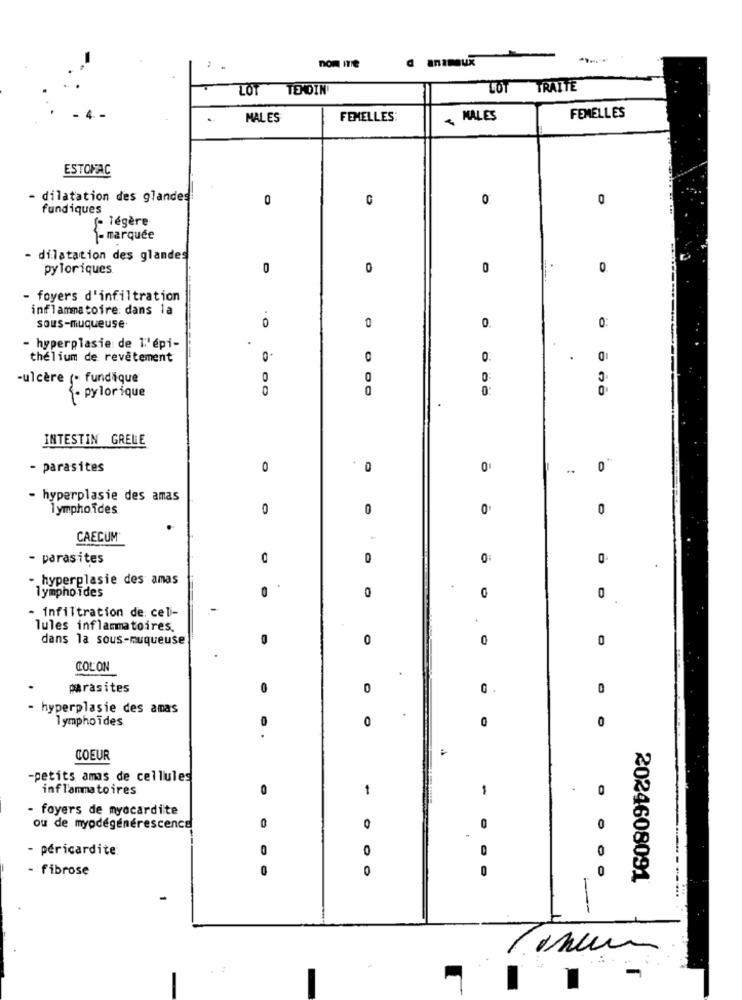
nom me
LOT TEMDIN
LOT
TRAITE
MALES
FEMELLES:
NALES
FEMELLES
ESTOMAC
- dilatation des glandes
0
0
0
0
fundiques
f- légère
- marquée
- dilatation des glandes
pyloriques
0
0
0
0
- foyers d'infiltration
inflammatoire: dans la
0
0
0.
0:
sous-muqueuse
- hyperplasie de l'épi-
thelium de revetement
O
O
C
-ulcère (- fundique
0
0
0
0
- pylorique
INTESTIN GRELE
.
- parasites
0
0
0
0
- hyperplasie des amas
lymphoïdes
0
0
0
0
CAECUM'
- parasites
0
D
0
- hyperplasie des amas
lympho ides
0
0
0
0
- infiltration de: celi-
Tules inflammatoires.
dans la sous-muqueuse
0
0
0
COLON
parasites
.
0
0
- hyperplasie des amas
lympho ïdes
0
0
0
COEUR
-petits amas de cellules
inflammatoires
0
1
-
0
- foyers de myocardite
ou de myodégénérescence
0
0
0
0
- péricardite:
0
0
0
- fibrosę
0
0
2024608091